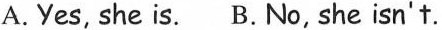
A.Yes, she is. B.No, she isn't.